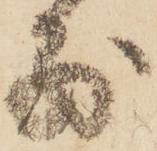
別